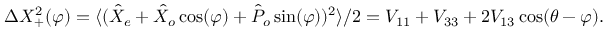
\Delta X _ { + } ^ { 2 } ( \varphi ) = \langle ( \hat { X } _ { e } + \hat { X } _ { o } \cos ( \varphi ) + \hat { P } _ { o } \sin ( \varphi ) ) ^ { 2 } \rangle / 2 = V _ { 1 1 } + V _ { 3 3 } + 2 V _ { 1 3 } \cos ( \theta - \varphi ) .